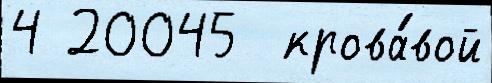
4 20045  крова́вой